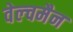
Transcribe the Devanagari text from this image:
वेल्चमैन